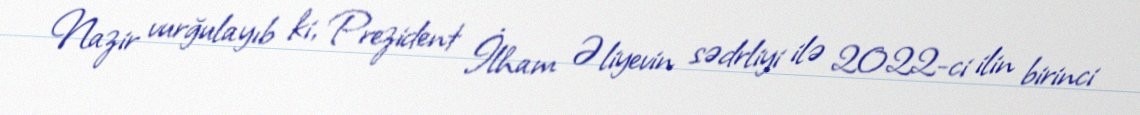
Nazir vurğulayıb ki, Prezident İlham Əliyevin sədrliyi ilə 2022-ci ilin birinci